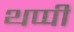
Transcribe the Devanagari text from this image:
थप्पी